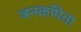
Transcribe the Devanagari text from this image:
जनकपिता